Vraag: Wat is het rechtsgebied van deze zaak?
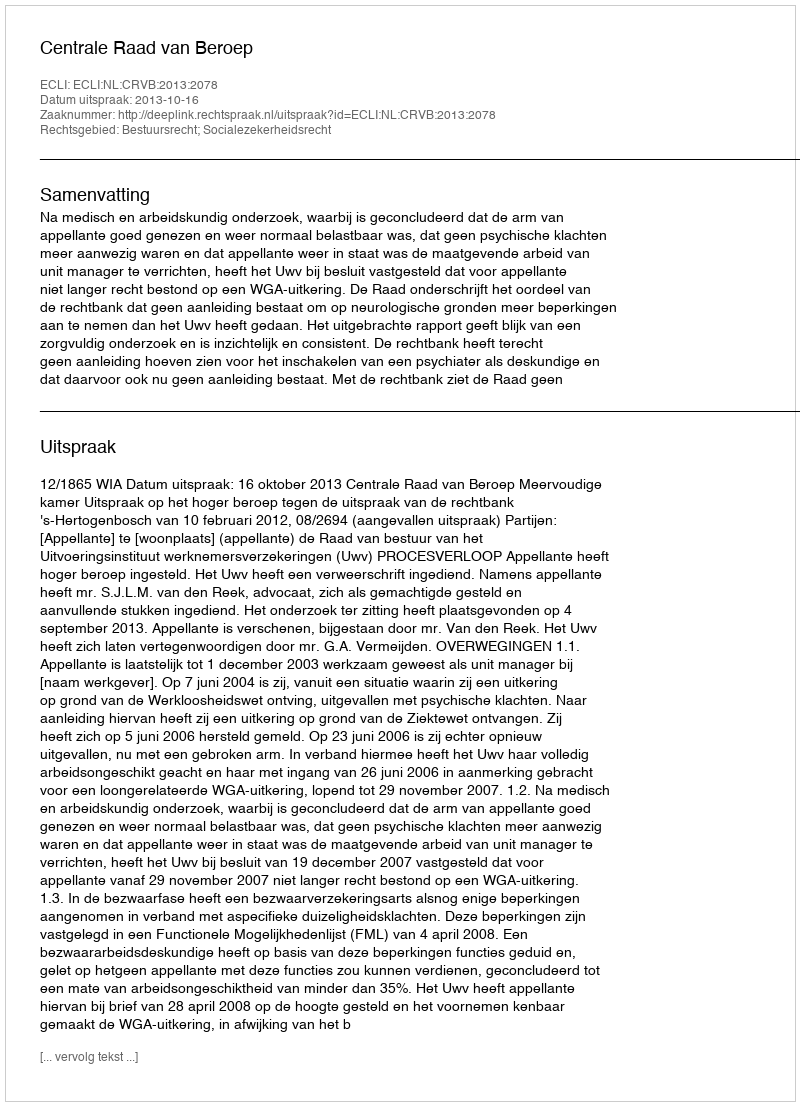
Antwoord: Bestuursrecht; Socialezekerheidsrecht